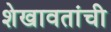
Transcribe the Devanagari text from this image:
शेखावतांची